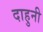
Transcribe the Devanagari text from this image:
दाहुनी